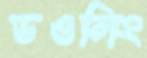
ডওলিং